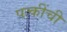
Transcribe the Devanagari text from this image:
पत्कींची